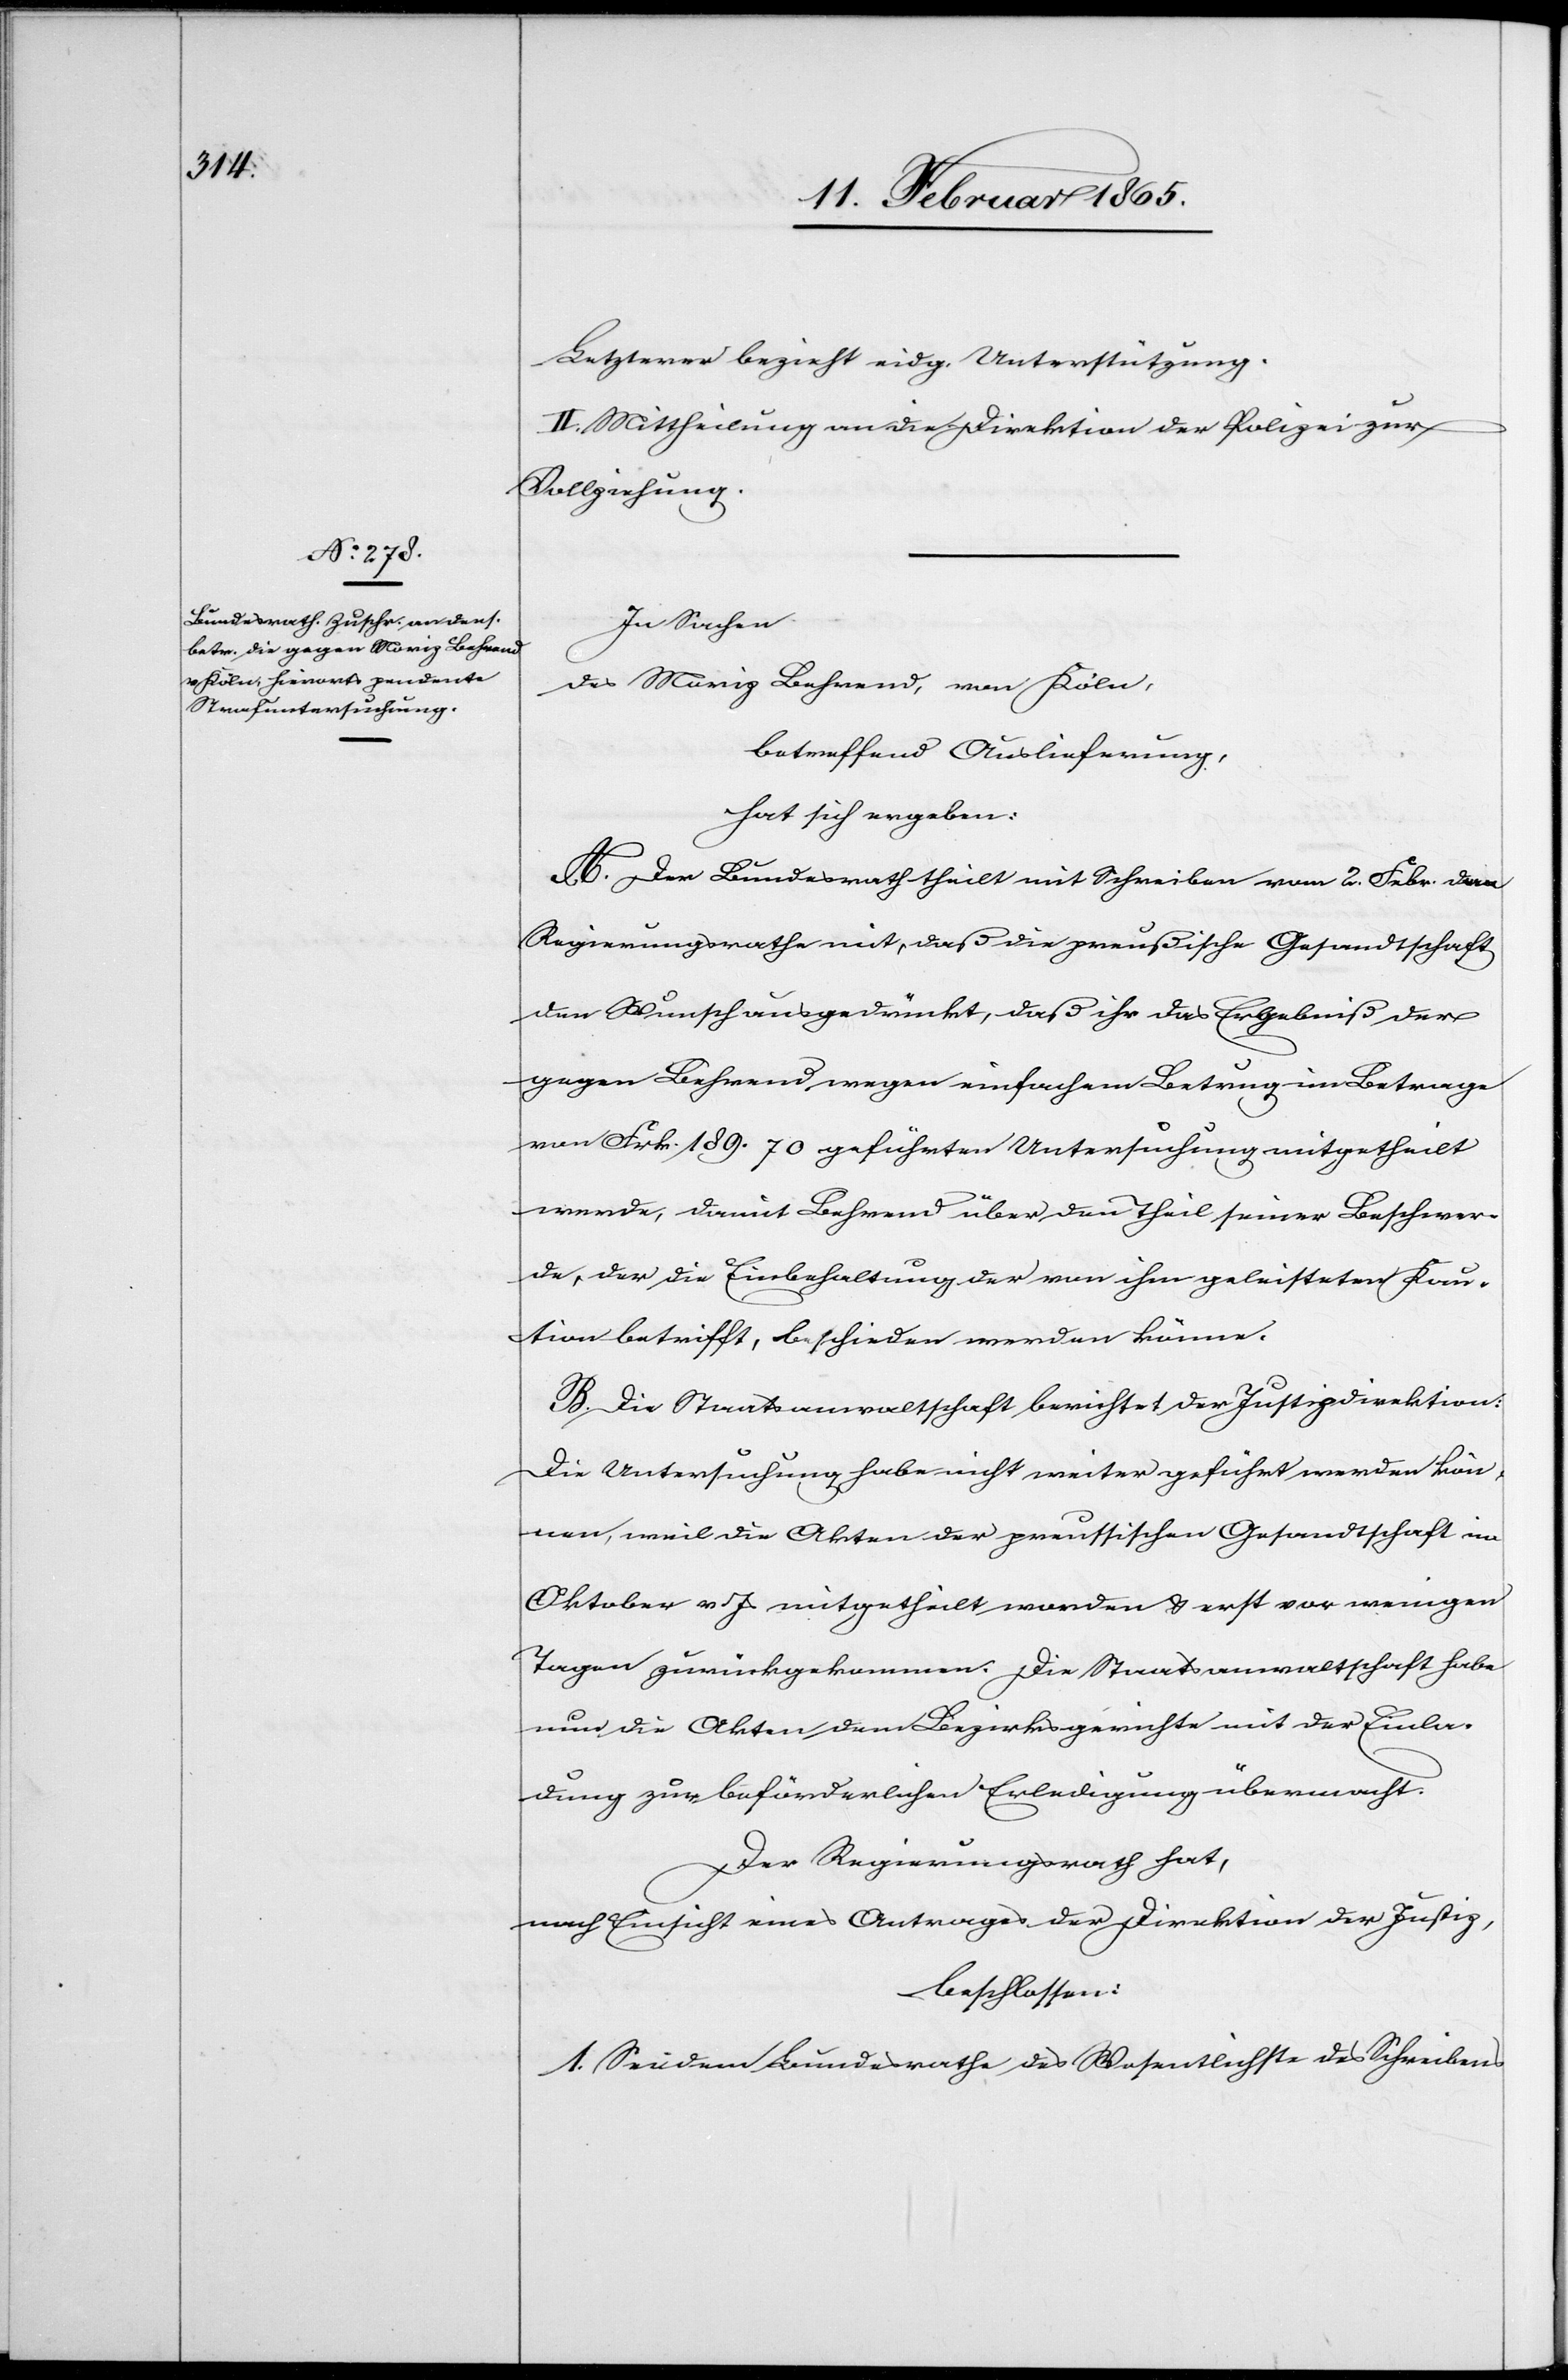
Letzterer bezieht eidg. Unterstützung.
II. Mittheilung an die Direktion der Polizei zur
Vollziehung.
In Sachen
des Moriz Behrend, von Köln,
betreffend Auslieferung,
hat sich ergeben:
A. Der Bundesrath theilt mit Schreiben vom 2. Febr. dem
Regierungsrathe mit, daß die preußische Gesandtschaft
den Wunsch ausgedrückt, daß ihr das Ergebniß der
gegen Behrend wegen einfachem Betrug im Betrage
von Frk. 189. 70 geführten Untersuchung mitgetheilt
werde, damit Behrend über den Theil seiner Beschwer¬
de, der die Einbehaltung der von ihm geleisteten Kau¬
tion betrifft, beschieden werden könne.
B. Die Staatsanwaltschaft berichtet der Justizdirektion:
Die Untersuchung habe nicht weiter geführt werden kön¬
nen, weil die Akten der preussischen Gesandtschaft im
Oktober v. Js mitgetheilt worden u. erst vor wenigen
Tagen zurückgekommen. Die Staatsanwaltschaft habe
nun die Akten dem Bezirksgerichte mit der Einla¬
dung zur beförderlichen Erledigung übermacht.
Der Regierungsrath hat,
nach Einsicht eines Antrages der Direktion der Justiz,
beschlossen:
1. Sei dem Bundesrathe des [sic!] Wesentlichste des Schreibens